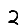
Digit: 2